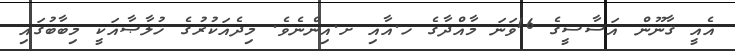
އެއީ ޤާނޫން އަސާސީގެ 16ވަނަ މާއްދާގެ ހ.އާއި ށ.އިންނެވެ. މިދެއަކުރުގެ ޚުލާޞާއަކީ މިބާބުގައި